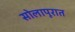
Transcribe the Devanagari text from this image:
सोलापूरात